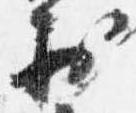
於